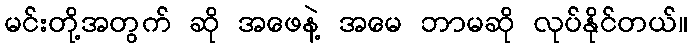
မင်းတို့အတွက် ဆို အဖေနဲ့ အမေ ဘာမဆို လုပ်နိုင်တယ်။